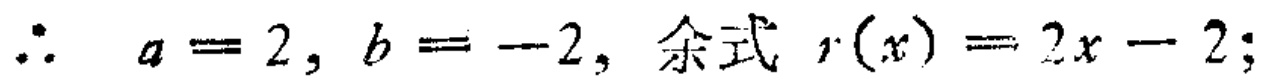
\(\therefore a = 2, b = -2, \text{余式 } r(x)=2x - 2;\)